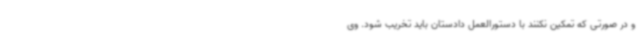
و در صورتی که تمکین نکنند با دستورالعمل دادستان باید تخریب شود. وی